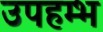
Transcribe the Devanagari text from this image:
उपहम्भ